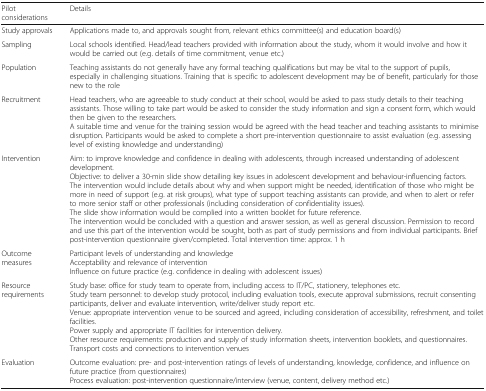
| Pilot considerations | Details |
 | --- | --- |
 | Study approvals | Applications made to, and approvals sought from, relevant ethics committee(s) and education board(s) |
 | Sampling | Local schools identified. Head/lead teachers provided with information about the study, whom it would involve and how it would be carried out (e.g. details of time commitment, venue etc.) |
 | Population | Teaching assistants do not generally have any formal teaching qualifications but may be vital to the support of pupils, especially in challenging situations. Training that is specific to adolescent development may be of benefit, particularly for those new to the role |
 | Recruitment | Head teachers, who are agreeable to study conduct at their school, would be asked to pass study details to their teaching assistants. Those willing to take part would be asked to consider the study information and sign a consent form, which would then be given to the researchers.A suitable time and venue for the training session would be agreed with the head teacher and teaching assistants to minimise disruption. Participants would be asked to complete a short pre-intervention questionnaire to assist evaluation (e.g. assessing level of existing knowledge and understanding) |
 | Intervention | Aim: to improve knowledge and confidence in dealing with adolescents, through increased understanding of adolescent development.Objective: to deliver a 30-min slide show detailing key issues in adolescent development and behaviour-influencing factors.The intervention would include details about why and when support might be needed, identification of those who might be more in need of support (e.g. at risk groups), what type of support teaching assistants can provide, and when to alert or refer to more senior staff or other professionals (including consideration of confidentiality issues).The slide show information would be complied into a written booklet for future reference.The intervention would be concluded with a question and answer session, as well as general discussion. Permission to record and use this part of the intervention would be sought, both as part of study permissions and from individual participants. Brief post-intervention questionnaire given/completed. Total intervention time: approx. 1 h |
 | Outcome measures | Participant levels of understanding and knowledgeAcceptability and relevance of interventionInfluence on future practice (e.g. confidence in dealing with adolescent issues) |
 | Resource requirements | Study base: office for study team to operate from, including access to IT/PC, stationery, telephones etc.Study team personnel: to develop study protocol, including evaluation tools, execute approval submissions, recruit consenting participants, deliver and evaluate intervention, write/deliver study report etc.Venue: appropriate intervention venue to be sourced and agreed, including consideration of accessibility, refreshment, and toilet facilities.Power supply and appropriate IT facilities for intervention delivery.Other resource requirements: production and supply of study information sheets, intervention booklets, and questionnaires. Transport costs and connections to intervention venues |
 | Evaluation | Outcome evaluation: pre- and post-intervention ratings of levels of understanding, knowledge, confidence, and influence on future practice (from questionnaires)Process evaluation: post-intervention questionnaire/interview (venue, content, delivery method etc.) |